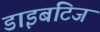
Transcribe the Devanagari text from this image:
डाइबटिज